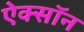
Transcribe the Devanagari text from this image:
ऐक्सॉन